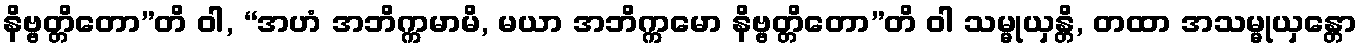
နိဗ္ဗတ္တိတော”တိ ဝါ, “အဟံ အဘိက္ကမာမိ, မယာ အဘိက္ကမော နိဗ္ဗတ္တိတော”တိ ဝါ သမ္မုယှန္တိ, တထာ အသမ္မုယှန္တော